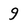
Character: 9